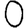
Digit: 0